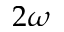
2 \omega